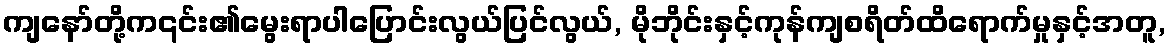
ကျနော်တို့က၎င်း၏မွေးရာပါပြောင်းလွယ်ပြင်လွယ်, မိုဘိုင်းနှင့်ကုန်ကျစရိတ်ထိရောက်မှုနှင့်အတူ,